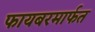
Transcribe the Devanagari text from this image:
फायबरमार्फत